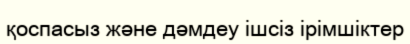
қоспасыз және дәмдеу ішсіз ірімшіктер